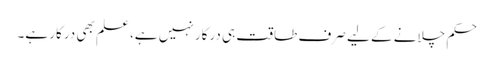
حکم چلانے کے لیے صرف طاقت ہی درکار نہیں ہے، علم بھی درکار ہے۔